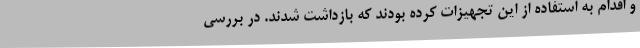
و اقدام به استفاده از این تجهیزات کرده بودند که بازداشت شدند. در بررسی